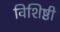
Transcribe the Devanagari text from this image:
विशिष्ठी